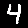
Digit: 4